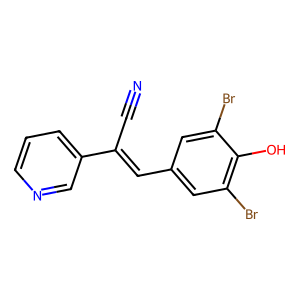
SMILES: N#CC(=Cc1cc(Br)c(O)c(Br)c1)c1cccnc1
Inhibits HIV replication: No